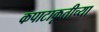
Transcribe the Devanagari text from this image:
कपाटाकृतीच्या